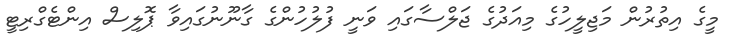
މީގެ އިތުރުން މަޖިލީހުގެ މިއަދުގެ ޖަލްސާގައި ވަނީ ފުލުހުންގެ ގާނޫނުގައިވާ ޕޮލިސް އިންޓެގްރިޓީ